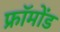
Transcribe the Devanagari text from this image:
फ्रॉमोंड